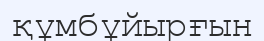
құмбұйырғын